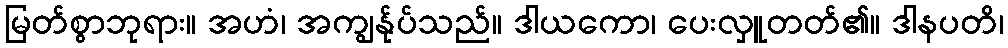
မြတ်စွာဘုရား။ အဟံ၊ အကျွန်ုပ်သည်။ ဒါယကော၊ ပေးလှူတတ်၏။ ဒါနပတိ၊